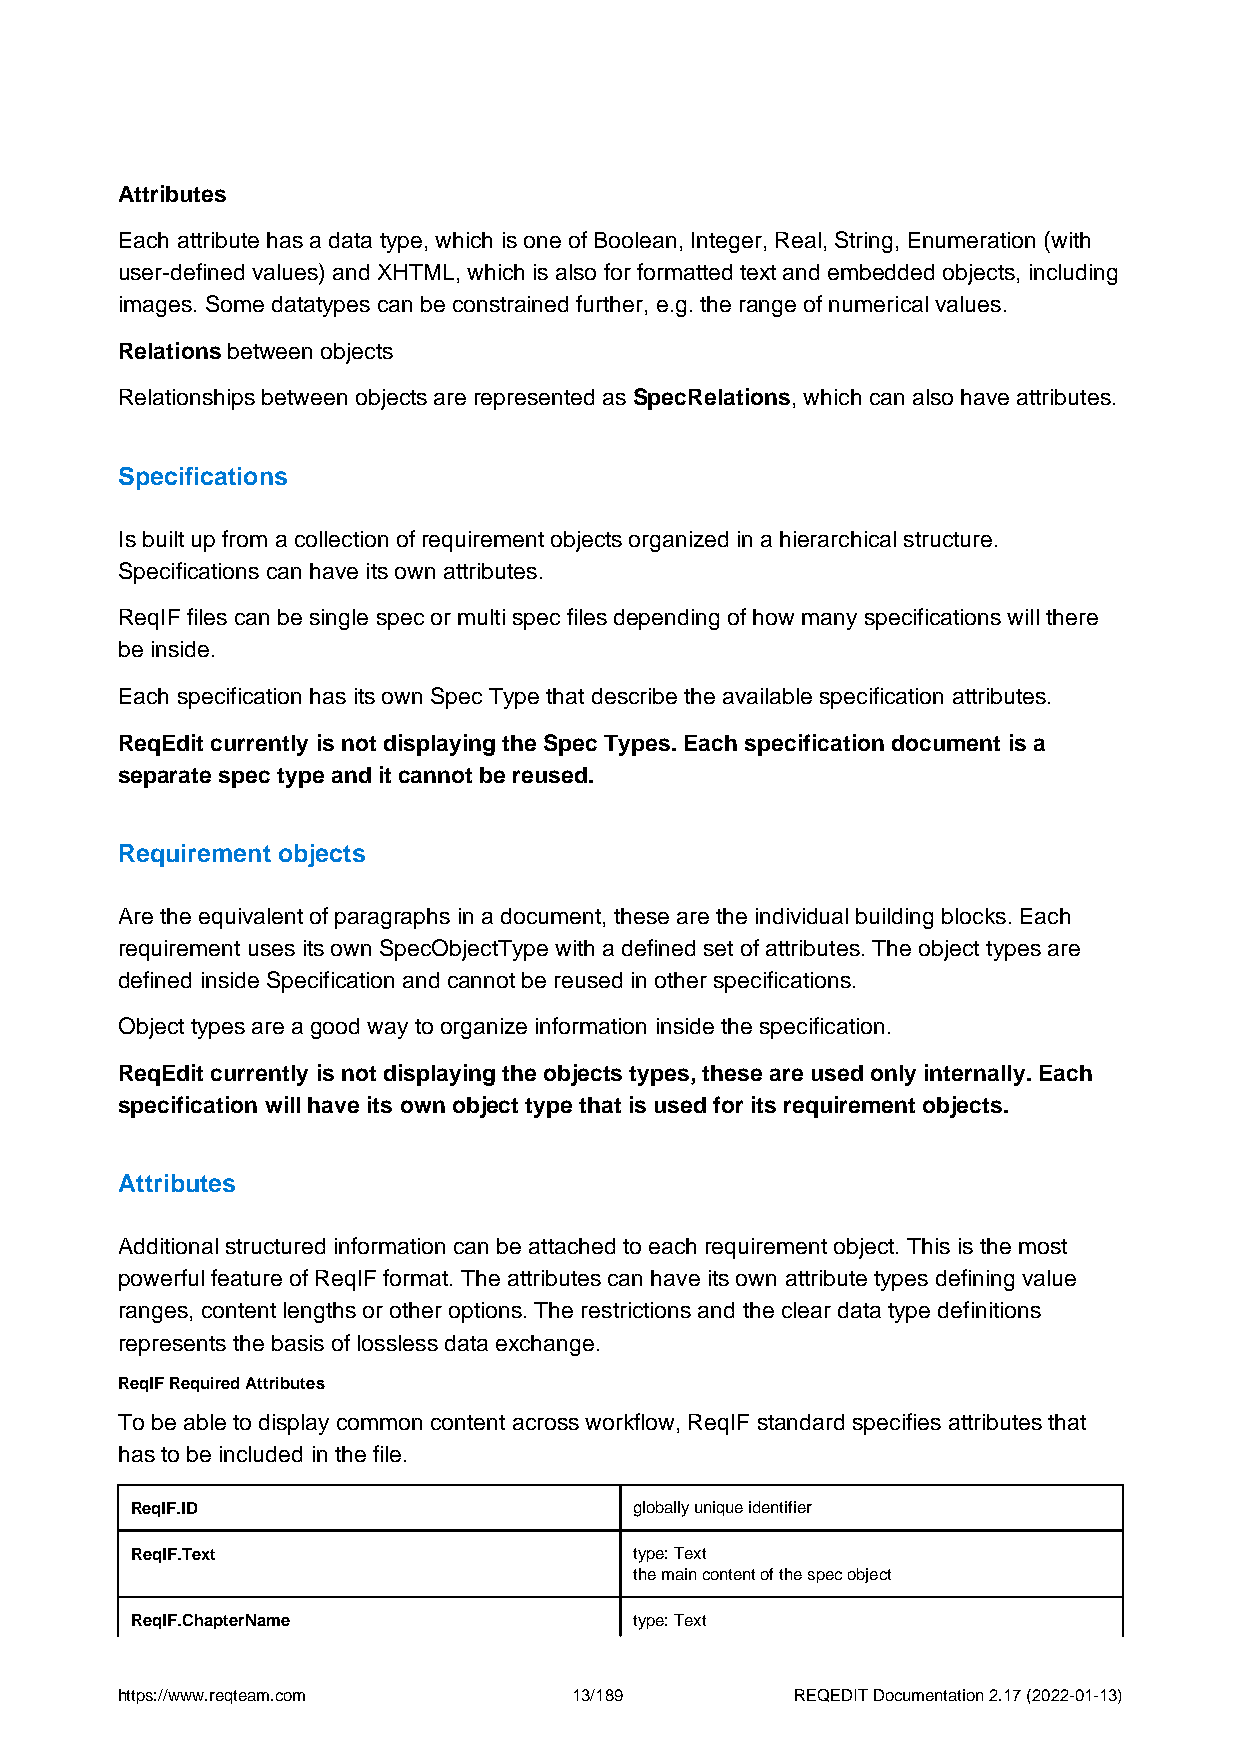
Attributes
 Each attribute has a data type, which is one of Boolean, Integer, Real, String, Enumeration (with
 user-defined values) and XHTML, which is also for formatted text and embedded objects, including
 images. Some datatypes can be constrained further, e.g. the range of numerical values.
 Relations between objects
 Relationships between objects are represented as SpecRelations, which can also have attributes.
 Specifications
 Is built up from a collection of requirement objects organized in a hierarchical structure.
 Specifications can have its own attributes.
 ReqIF files can be single spec or multi spec files depending of how many specifications will there
 be inside.
 Each specification has its own Spec Type that describe the available specification attributes.
 ReqEdit currently is not displaying the Spec Types. Each specification document is a
 separate spec type and it cannot be reused.
 Requirement objects
 Are the equivalent of paragraphs in a document, these are the individual building blocks. Each
 requirement uses its own SpecObjectType with a defined set of attributes. The object types are
 defined inside Specification and cannot be reused in other specifications.
 Object types are a good way to organize information inside the specification.
 ReqEdit currently is not displaying the objects types, these are used only internally. Each
 specification will have its own object type that is used for its requirement objects.
 Attributes
 Additional structured information can be attached to each requirement object. This is the most
 powerful feature of ReqIF format. The attributes can have its own attribute types defining value
 ranges, content lengths or other options. The restrictions and the clear data type definitions
 represents the basis of lossless data exchange.
 ReqIF Required Attributes
 To be able to display common content across workflow, ReqIF standard specifies attributes that
 has to be included in the file.
 ReqIF.ID                         globally unique identifier
 ReqIF.Text                       type: Text
 the main content of the spec object
 ReqIF.ChapterName                type: Text
 https://www.reqteam.com       13/189         REQEDIT Documentation 2.17 (2022-01-13)